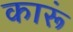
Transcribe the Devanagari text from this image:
कारूं